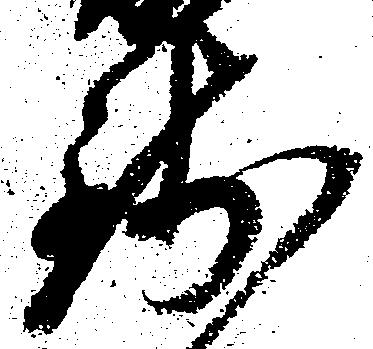
銭